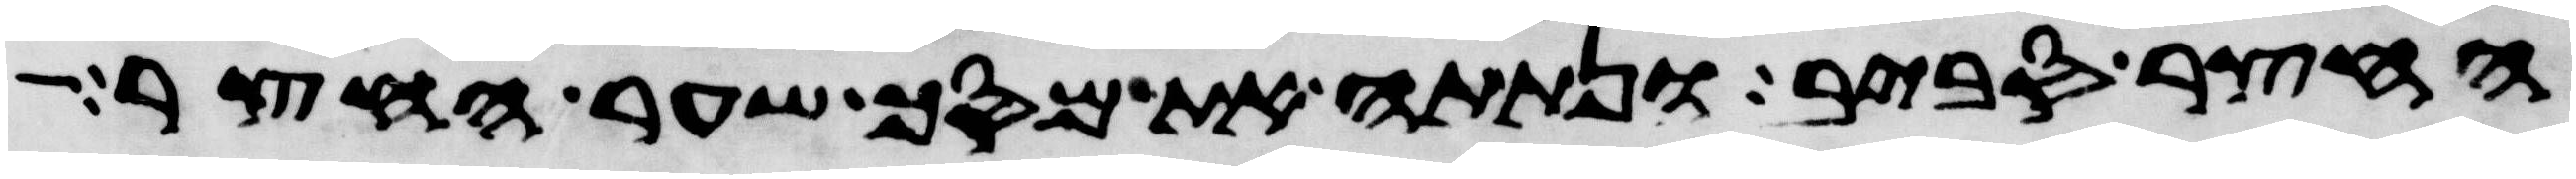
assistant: החצר סביב ונתתה את מסך שער החצר